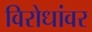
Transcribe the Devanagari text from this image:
विरोधांवर